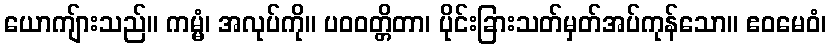
ယောကျ်ားသည်။ ကမ္မံ၊ အလုပ်ကို။ ပဝဝတ္တိတာ၊ ပိုင်းခြားသတ်မှတ်အပ်ကုန်သော။ ဧဝမေဝံ၊